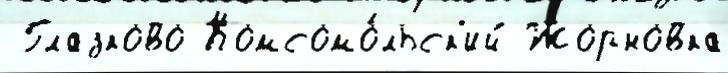
 Глазково Комсомо́льск'ий Жорновка